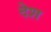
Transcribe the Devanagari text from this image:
देेश